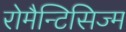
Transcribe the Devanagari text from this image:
रोमैन्टिसिज्म